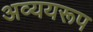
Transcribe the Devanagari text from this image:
अव्ययरूप